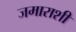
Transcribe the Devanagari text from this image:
जमाराशी